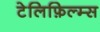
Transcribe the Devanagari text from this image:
टेलिफ़िल्म्स